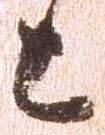
上